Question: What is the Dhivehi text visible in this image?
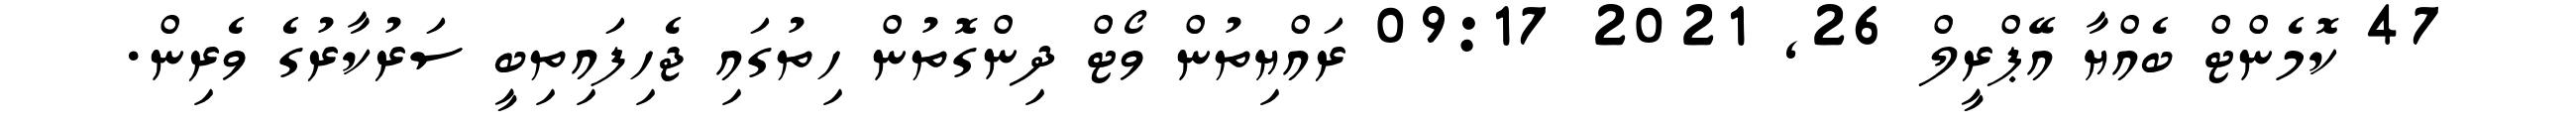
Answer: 47 ކޮމެންޓް ބެއްޔާ އޭޕްރީލް 26, 2021 09:17 ރައްޔިތުން ވޯޓް ދިންގޮތުން ހިތުގައި ޖެހިފައިތިބީ ސަރުކާރުގެ ވެރިން.